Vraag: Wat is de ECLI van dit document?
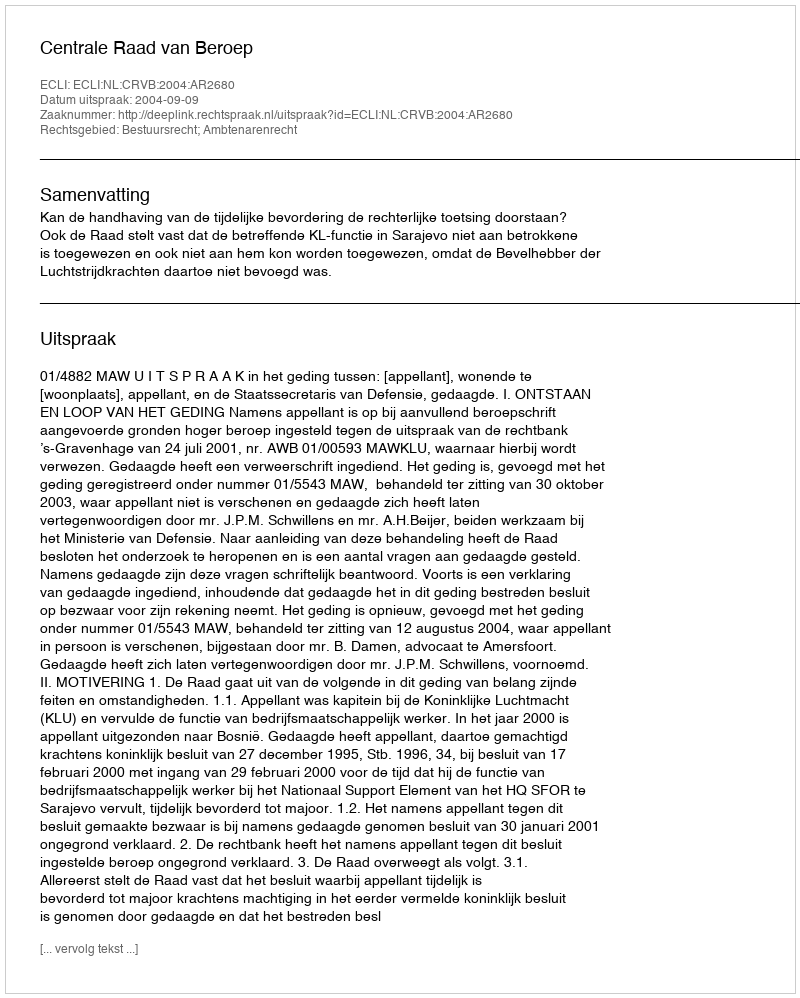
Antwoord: ECLI:NL:CRVB:2004:AR2680